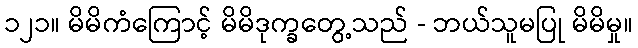
၁၂၁။ မိမိကံကြောင့် မိမိဒုက္ခတွေ့သည် - ဘယ်သူမပြု မိမိမှု။